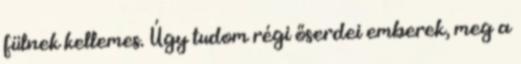
fülnek kellemes. Úgy tudom régi őserdei emberek, meg a